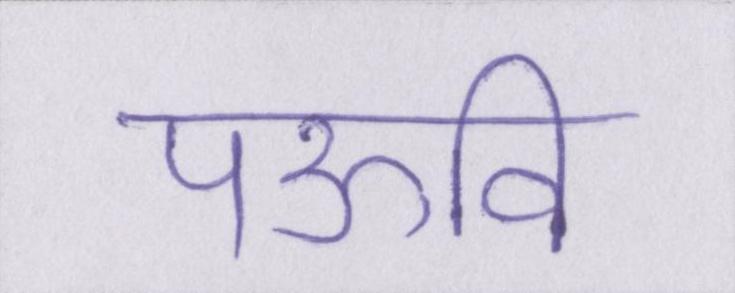
पऊवि